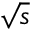
\sqrt { s }